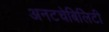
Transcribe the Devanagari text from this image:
अनटचेबिलिटी